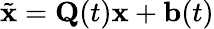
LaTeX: \tilde{\mathbf{x}}=\mathbf{Q}(t)\mathbf{x}+\mathbf{b}(t)